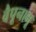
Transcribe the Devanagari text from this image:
वैपूनामू